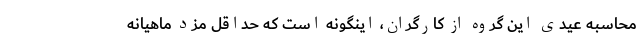
محاسبه عیدی این گروه از کارگران، اینگونه است که حداقل مزد ماهیانه